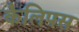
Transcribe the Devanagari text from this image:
कैलिपस